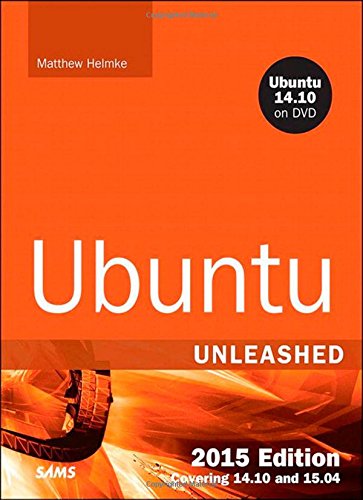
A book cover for Ubuntu Unleashed 2015 Edition: Covering 14.10 and 15.04 (10th Edition); Matthew Helmke; Computers & Technology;